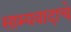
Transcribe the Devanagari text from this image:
साम्यवादाचे